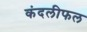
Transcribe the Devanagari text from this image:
कंदलीफल